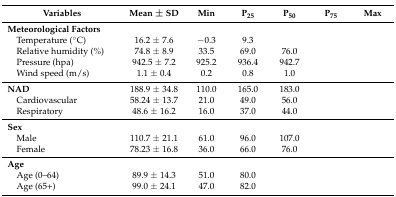
<table><thead><tr><td><b>Variables</b></td><td><b>Mean ± SD</b></td><td><b>Min</b></td><td><b>P<sub>25</sub></b></td><td><b>P<sub>50</sub></b></td><td><b>P<sub>75</sub></b></td><td><b>Max</b></td></tr></thead><tbody><tr><td colspan="7"><b>Meteorological Factors</b></td></tr><tr><td> Temperature (°C)</td><td>16.2 ± 7.6</td><td>−0.3</td><td>9.3</td><td>[EMPTY_CELL]</td><td>[EMPTY_CELL]</td><td>[EMPTY_CELL]</td></tr><tr><td> Relative humidity (%)</td><td>74.8 ± 8.9</td><td>33.5</td><td>69.0</td><td>76.0</td><td>[EMPTY_CELL]</td><td>[EMPTY_CELL]</td></tr><tr><td> Pressure (hpa)</td><td>942.5 ± 7.2</td><td>925.2</td><td>936.4</td><td>942.7</td><td>[EMPTY_CELL]</td><td>[EMPTY_CELL]</td></tr><tr><td> Wind speed (m/s)</td><td>1.1 ± 0.4</td><td>0.2</td><td>0.8</td><td>1.0</td><td>[EMPTY_CELL]</td><td>[EMPTY_CELL]</td></tr><tr><td><b>NAD</b></td><td>188.9 ± 34.8</td><td>110.0</td><td>165.0</td><td>183.0</td><td>[EMPTY_CELL]</td><td>[EMPTY_CELL]</td></tr><tr><td> Cardiovascular</td><td>58.24 ± 13.7</td><td>21.0</td><td>49.0</td><td>56.0</td><td>[EMPTY_CELL]</td><td>[EMPTY_CELL]</td></tr><tr><td> Respiratory</td><td>48.6 ± 16.2</td><td>16.0</td><td>37.0</td><td>44.0</td><td>[EMPTY_CELL]</td><td>[EMPTY_CELL]</td></tr><tr><td colspan="7"><b>Sex</b></td></tr><tr><td> Male</td><td>110.7 ± 21.1</td><td>61.0</td><td>96.0</td><td>107.0</td><td>[EMPTY_CELL]</td><td>[EMPTY_CELL]</td></tr><tr><td> Female</td><td>78.23 ± 16.8</td><td>36.0</td><td>66.0</td><td>76.0</td><td>[EMPTY_CELL]</td><td>[EMPTY_CELL]</td></tr><tr><td colspan="7"><b>Age</b></td></tr><tr><td> Age (0–64)</td><td>89.9 ± 14.3</td><td>51.0</td><td>80.0</td><td>[EMPTY_CELL]</td><td>[EMPTY_CELL]</td><td>[EMPTY_CELL]</td></tr><tr><td> Age (65+)</td><td>99.0 ± 24.1</td><td>47.0</td><td>82.0</td><td>[EMPTY_CELL]</td><td>[EMPTY_CELL]</td><td>[EMPTY_CELL]</td></tr></tbody></table>